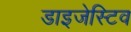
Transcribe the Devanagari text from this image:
डाइजेस्टिव